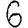
Digit: 6